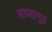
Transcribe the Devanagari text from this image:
शय्यामूत्र